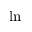
\ln